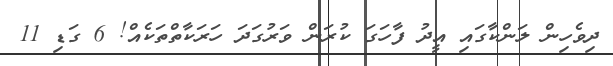
ދިވެހިން ލަންކާގައި އީދު ފާހަގަ ކުރަން ވަރުގަދަ ހަރަކާތްތަކެއް! 6 ގަޑި 11